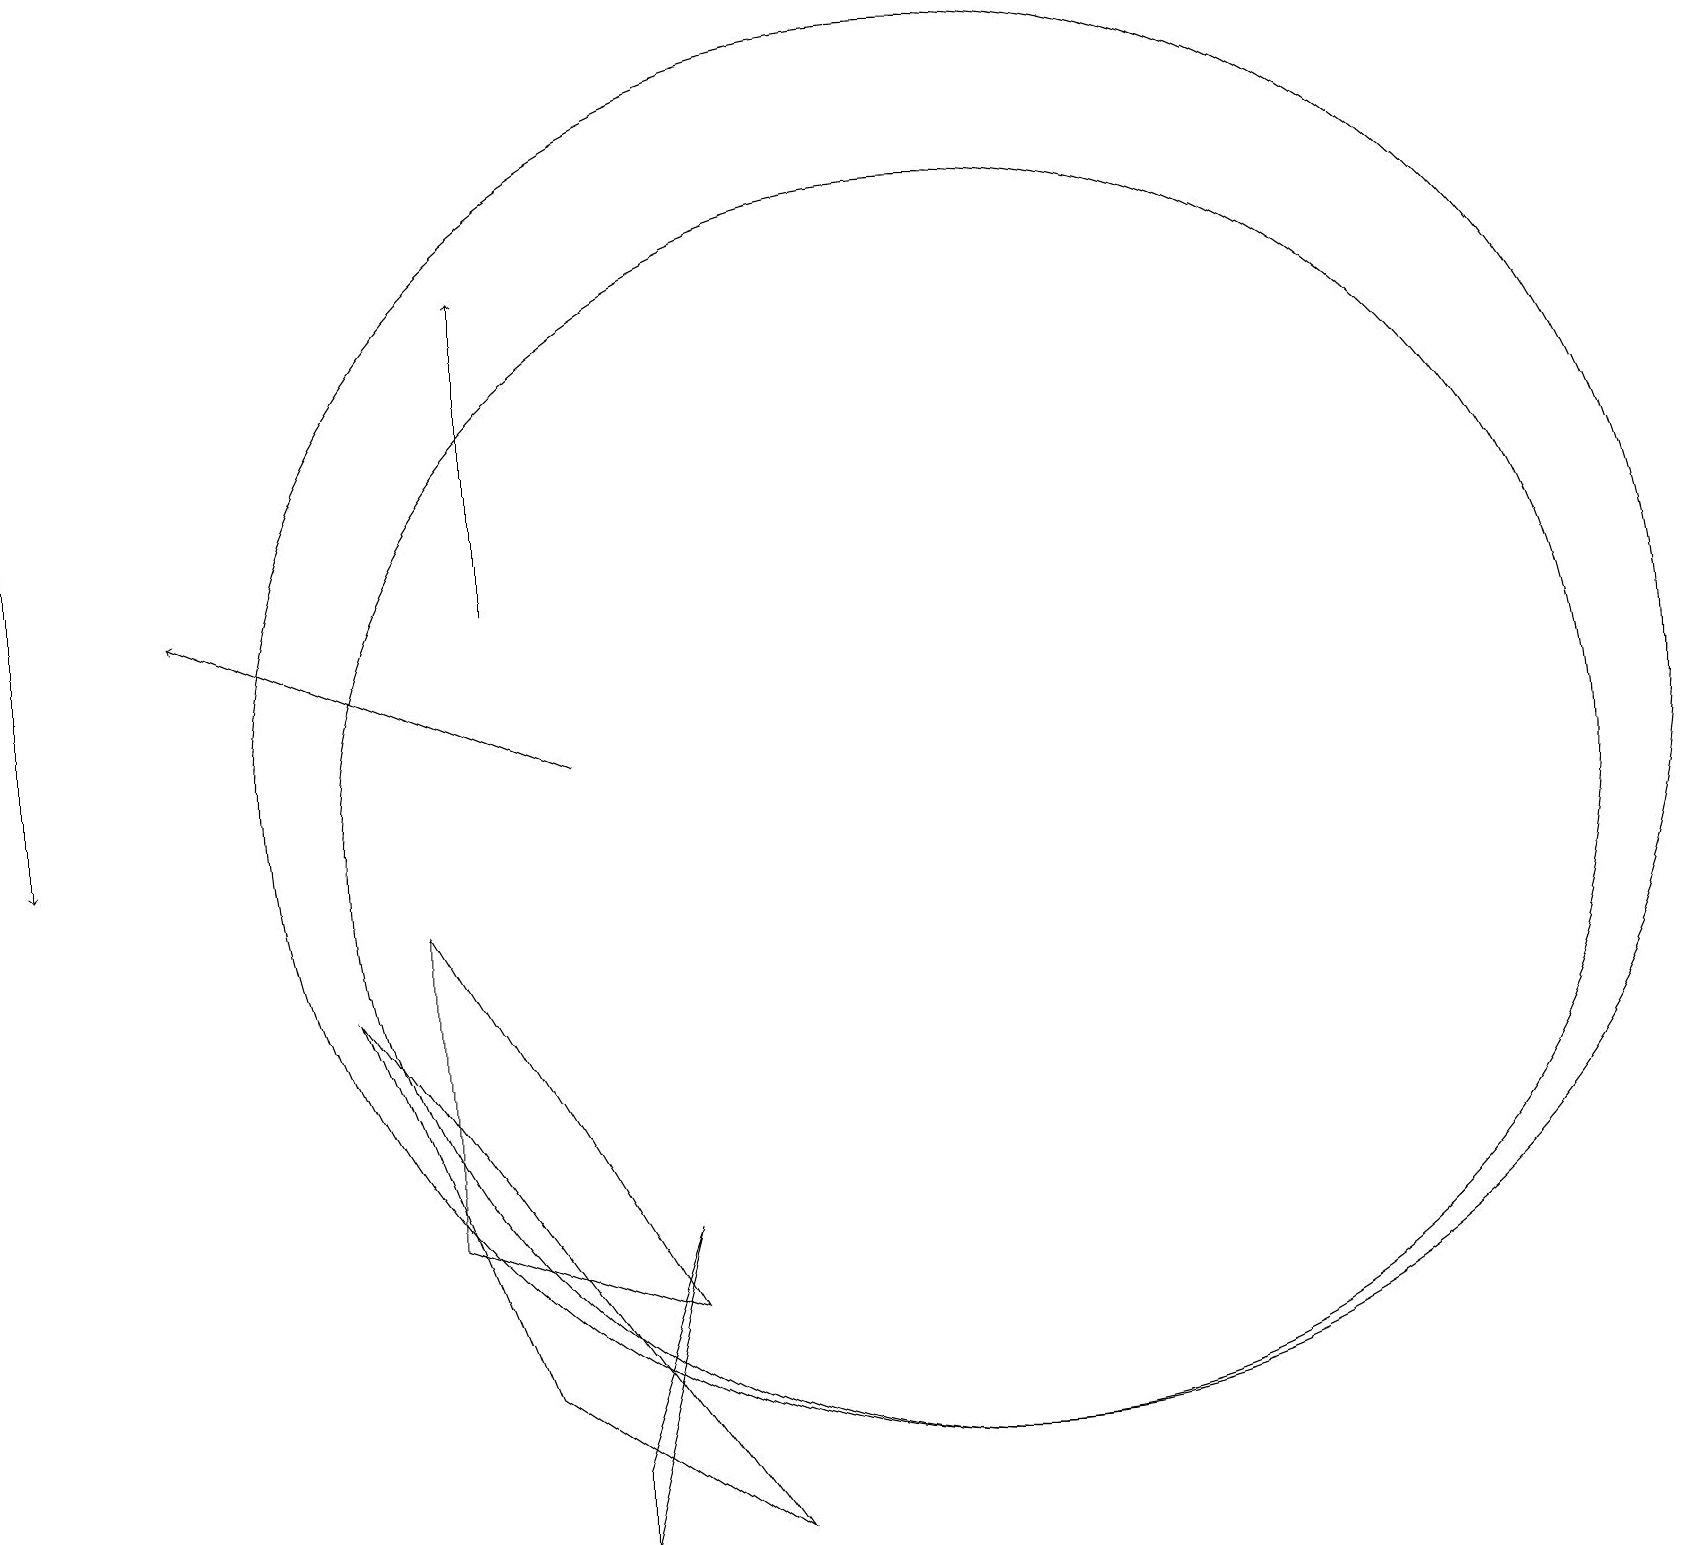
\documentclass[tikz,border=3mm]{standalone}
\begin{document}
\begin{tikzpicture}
\draw[->] (6,13) -- (6,17);
\draw (12,10) circle (8);
\draw[->] (7,11) -- (2,13);
\draw (12,11) circle (9);
\draw (5,5) -- (5,9) -- (8,4) -- cycle;
\draw (7,2) -- (8,5) -- (7,1) -- cycle;
\draw (4,8) -- (6,3) -- (9,1) -- cycle;
\draw[->] (0,19) -- (0,10);
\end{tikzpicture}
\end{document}